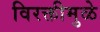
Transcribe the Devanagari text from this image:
विरक्तीमुळे